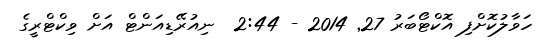
ހަވާލުކޮށްފި އޮކްޓޯބަރު 27